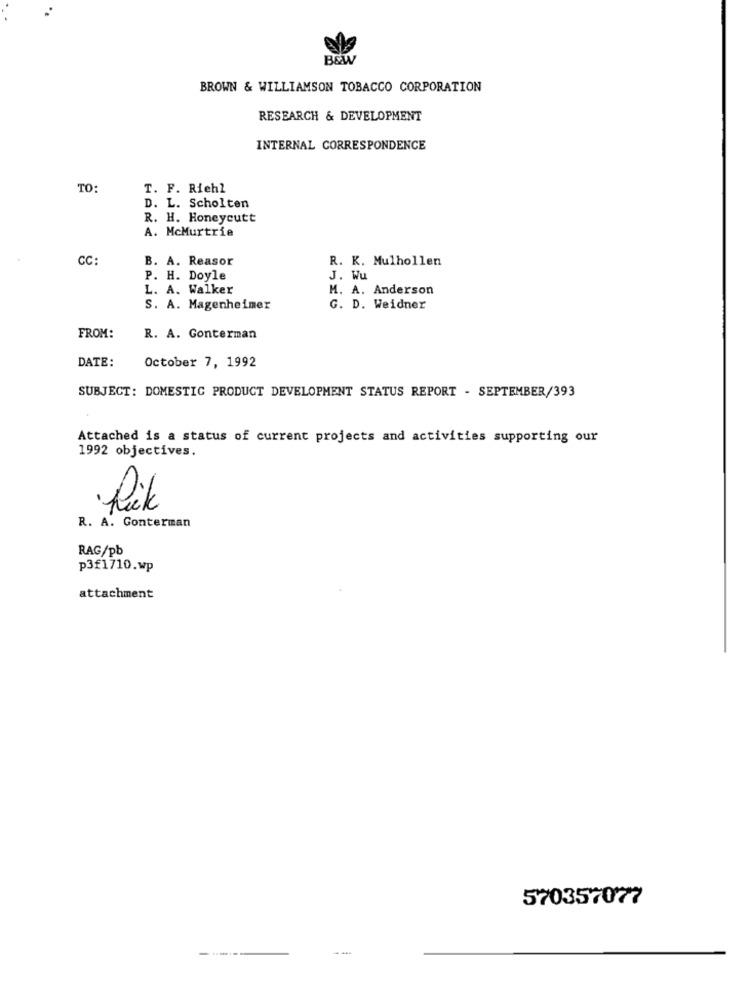
B&W
BROWN & WILLIAMSON TOBACCO CORPORATION
RESEARCH & DEVELOPMENT
INTERNAL CORRESPONDENCE
TO:
T. F. Riehl
D. L. Scholten
R. H. Honeycutt
A. McMurtrie
CC:
B. A. Reasor
R. K. Mulhollen
P. H. Doyle
J. Wu
L. A. Walker
M. A. Anderson
S. A. Magenheimer
G. D. Weidner
FROM:
R. A. Conterman
DATE:
October 7, 1992
SUBJECT: DOMESTIC PRODUCT DEVELOPMENT STATUS REPORT - SEPTEMBER/393
Attached is a status of current projects and activities supporting our
1992 objectives.
·Rik
R. A. Gonterman
RAG/pb
p3f1710.wp
attachment
570357077
-----